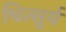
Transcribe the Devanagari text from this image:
चित्सूर्य